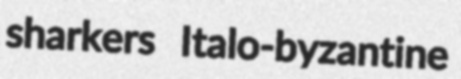
sharkers Italo-byzantine